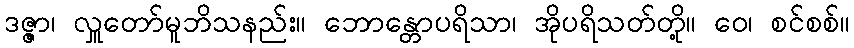
ဒဇ္ဇာ၊ လှူတော်မူဘိသနည်း။ ဘောန္တောပရိသာ၊ အိုပရိသတ်တို့။ ဝေ၊ စင်စစ်။